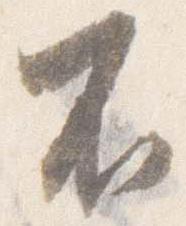
不